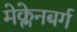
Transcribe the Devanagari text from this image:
मेक्लेनबर्ग